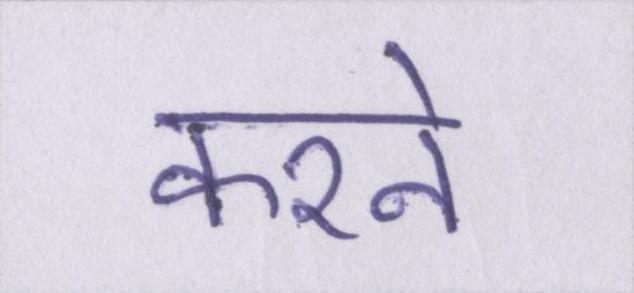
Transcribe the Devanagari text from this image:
करने